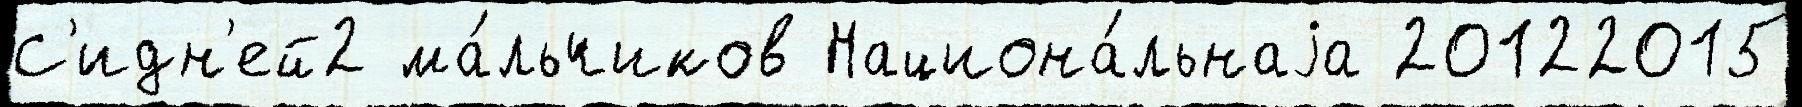
С'идн'ей2 ма́льчиков Национа́льнаjа 20122015